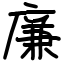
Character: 廉